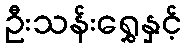
ဦးသန်းရွှေနှင့်